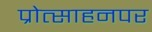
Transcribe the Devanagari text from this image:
प्रोत्साहनपर